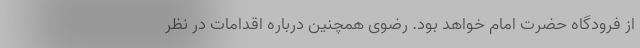
از فرودگاه حضرت امام خواهد بود. رضوی همچنین درباره اقدامات در نظر